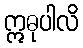
ဣဓုပါလိ